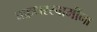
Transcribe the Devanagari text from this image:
चक्रधरस्वामींना